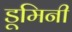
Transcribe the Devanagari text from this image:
डूमिनी